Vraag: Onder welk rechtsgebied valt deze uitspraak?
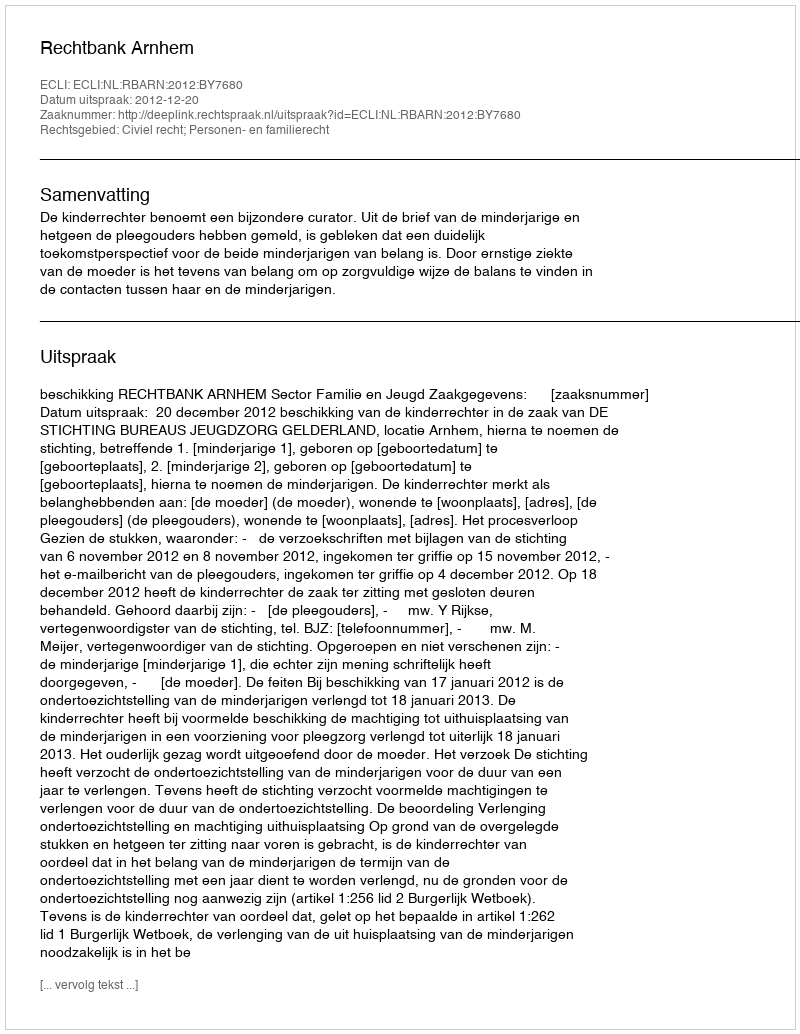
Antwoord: Civiel recht; Personen- en familierecht